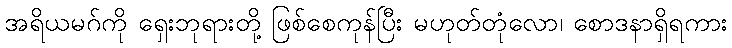
အရိယမဂ်ကို ရှေးဘုရားတို့ ဖြစ်စေကုန်ပြီး မဟုတ်တုံလော၊ စောဒနာရှိရကား